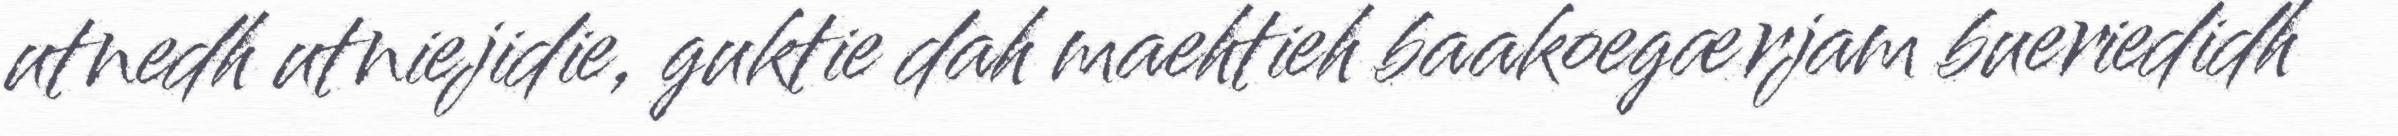
utnedh utniejidie, guktie dah maehtieh baakoegærjam bueriedidh